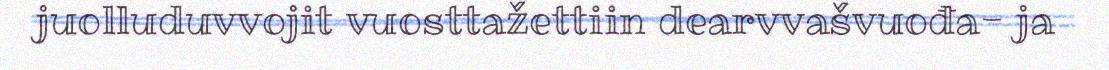
juolluduvvojit vuosttažettiin dearvvašvuođa- ja